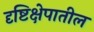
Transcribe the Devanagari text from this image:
दृष्टिक्षेपातील